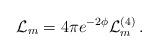
LaTeX: \begin{align*}\mathcal{L}_m = 4\pi e^{-2\phi} \mathcal{L}^{(4)}_m\, .\end{align*}